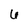
Character: 6